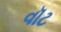
વૉટ